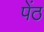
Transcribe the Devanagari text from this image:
पेंठ